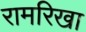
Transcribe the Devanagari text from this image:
रामरिखा